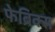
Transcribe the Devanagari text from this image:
फेब्रिक्स